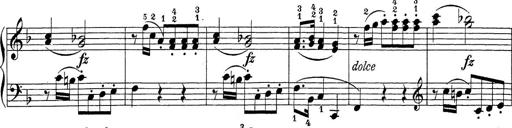
Title: Sonatina Album
Composer: Louis KÃ¶hler